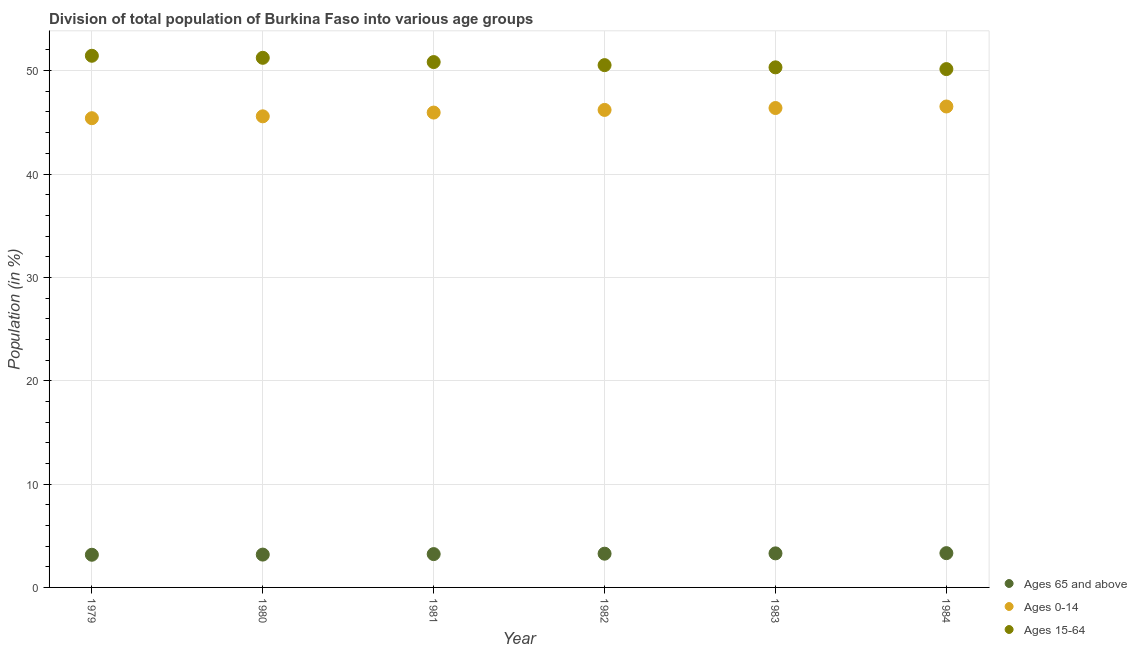
| Year | Ages 65 and above | Ages 0-14 | Ages 15-64 |
 | --- | --- | --- | --- |
 | 1979 | 3.16 | 45.4 | 51.4 |
 | 1980 | 3.18 | 45.6 | 51.2 |
 | 1981 | 3.22 | 45.9 | 50.8 |
 | 1982 | 3.26 | 46.2 | 50.5 |
 | 1983 | 3.3 | 46.4 | 50.3 |
 | 1984 | 3.32 | 46.5 | 50.2 |